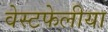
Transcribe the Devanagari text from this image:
वेस्टफेलीया